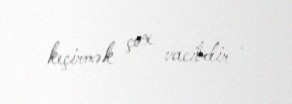
keçirmək çox vacibdir .